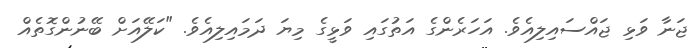
ޖަނާ ވަޅި ޖައްސައިލިއެވެ. އަހަރެންގެ އަތުގައި ވަޅީގެ މިޔަ ދަމައިލިއެވެ. "ކަލޭއަށް ބޭނުންގޮތެއް